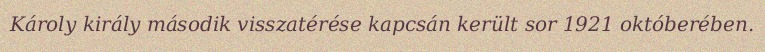
Károly király második visszatérése kapcsán került sor 1921 októberében.